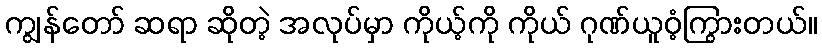
ကျွန်တော် ဆရာ ဆိုတဲ့ အလုပ်မှာ ကိုယ့်ကို ကိုယ် ဂုဏ်ယူဝံ့ကြွားတယ်။